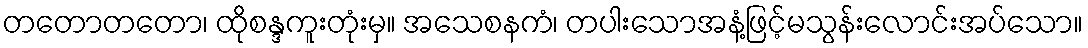
တတောတတော၊ ထိုစန္ဒကူးတုံးမှ။ အသေစနကံ၊ တပါးသောအနံ့ဖြင့်မသွန်းလောင်းအပ်သော။